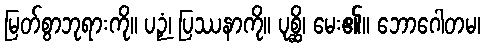
မြတ်စွာဘုရားကို။ ပဉှံ၊ ပြဿနာကို။ ပုစ္ဆိ၊ မေး၏။ ဘောဂေါတမ၊